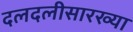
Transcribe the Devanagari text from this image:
दलदलीसारख्या